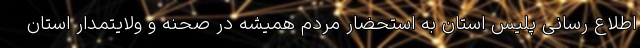
اطلاع رسانی پلیس استان به استحضار مردم همیشه در صحنه و ولایتمدار استان